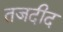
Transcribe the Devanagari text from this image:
तजदीद